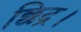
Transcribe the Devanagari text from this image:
छिद्र।